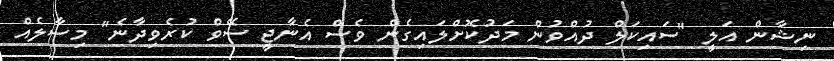
ނިޝާން އަލީ "ސައިކަލް ދުއްވުން މަދުކޮށްލައިގެން ވެސް އެނާޖީ ސޭވް ކުރެވިދާނެ" މިސާލެއް